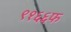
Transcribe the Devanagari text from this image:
९१६६फ